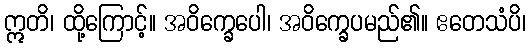
ဣတိ၊ ထို့ကြောင့်။ အဝိက္ခေပေါ၊ အဝိက္ခေပမည်၏။ ဧတေသံပိ၊